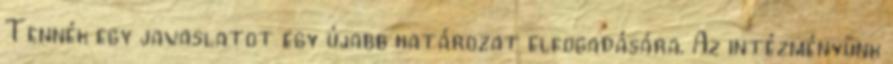
Tennék egy javaslatot egy újabb határozat elfogadására. Az intézményünk